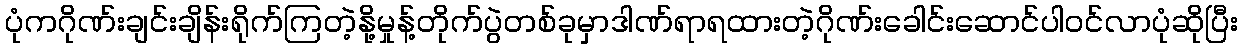
ပုံကဂိုဏ်းချင်းချိန်းရိုက်ကြတဲ့နို့မှုန့်တိုက်ပွဲတစ်ခုမှာဒါဏ်ရာရထားတဲ့ဂိုဏ်းခေါင်းဆောင်ပါဝင်လာပုံဆိုပြီး